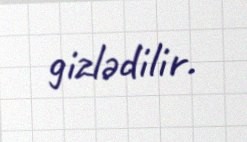
gizlədilir.